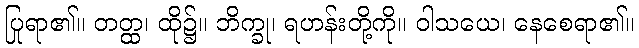
ပြုရာ၏။ တတ္ထ၊ ထို၌။ ဘိက္ခု၊ ရဟန်းတို့ကို။ ဝါသယေ၊ နေစေရာ၏။